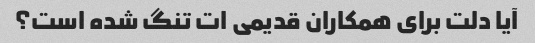
آیا دلت برای همکاران قدیمی ات تنگ شده است؟